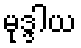
မုဒ္ဒါယ